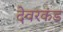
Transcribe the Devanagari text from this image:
देवरकंंड